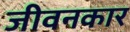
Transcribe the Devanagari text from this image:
जीवनकार